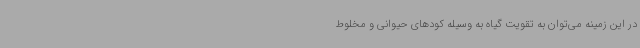
در این زمینه می‌توان به تقویت گیاه به وسیله کودهای حیوانی و مخلوط